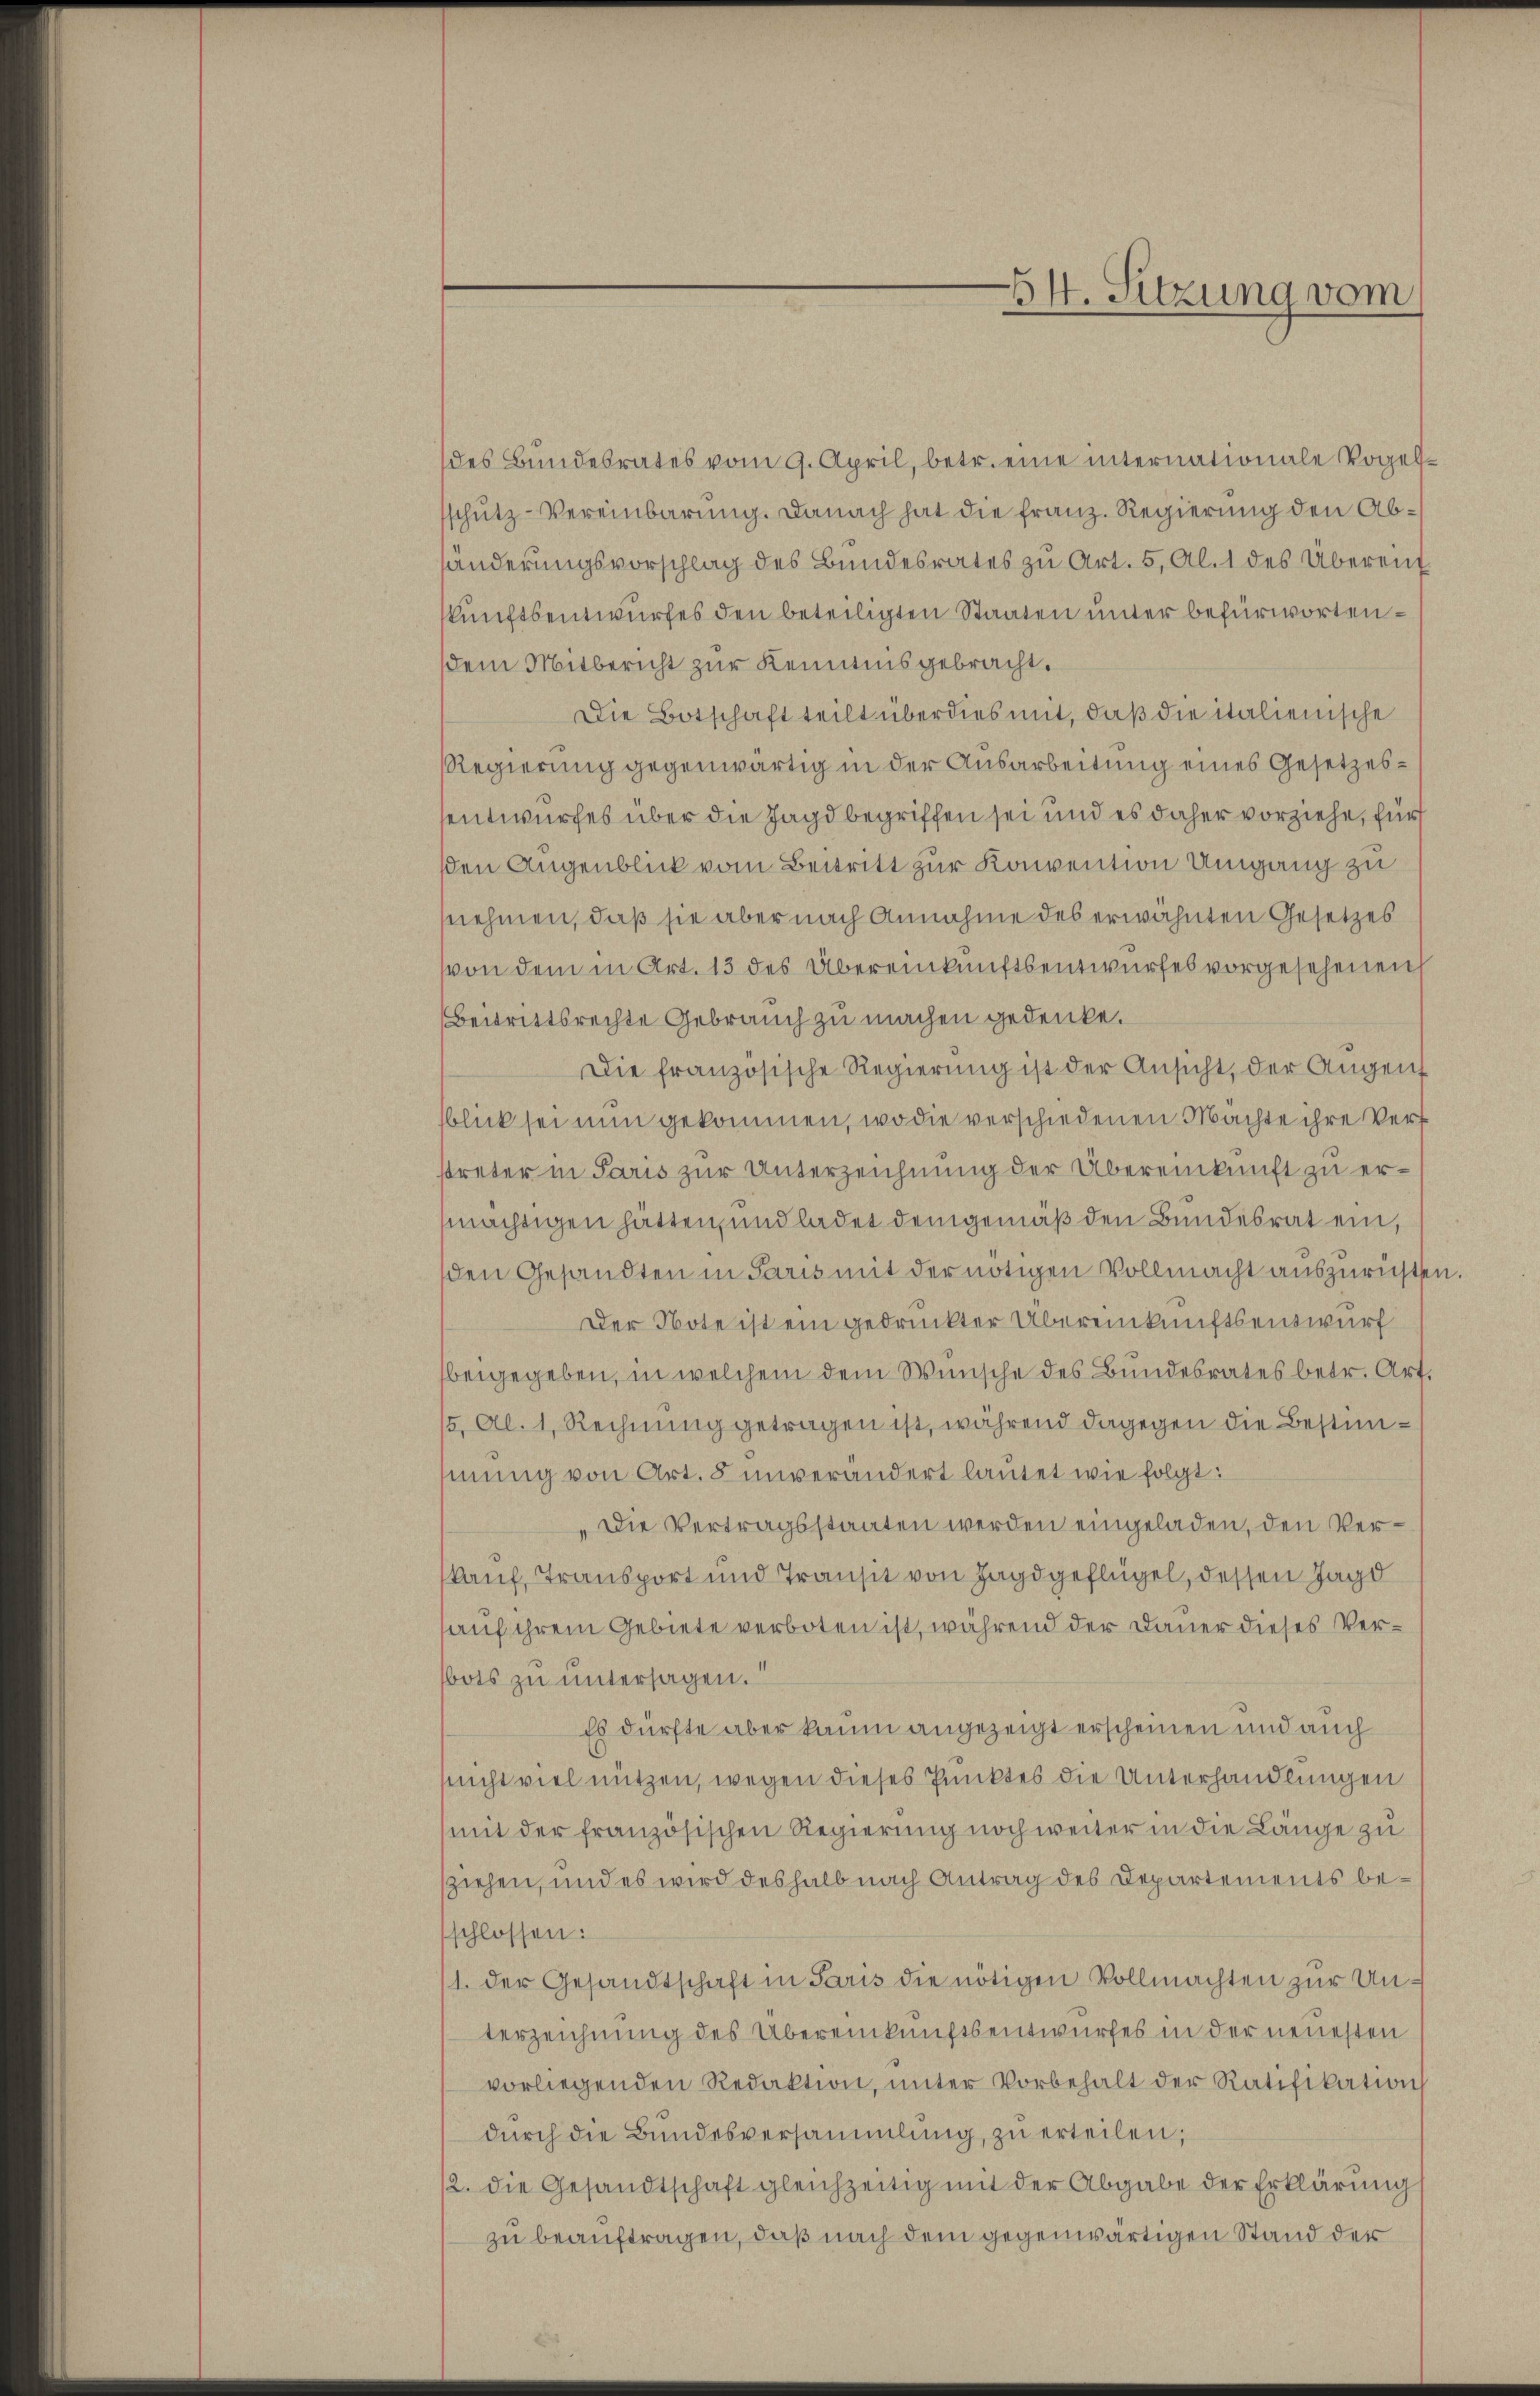
54. Sitzung vom

des Bundesrates vom 9. April, betr. eine internationale Vogelschutz-Vereinbarung. Danach hat die franz. Regierung den Abhänderungsvorschlag des Bundesrates zu Art. 5, Al. 1 des Übereint
kkunftsentwurfes den beteiligten Staaten unter befürworten –
dem Mitbericht zur Kenntnis gebracht.
Die Botschaft teilt überdies mit, daß die italienische
Regierung gegenwärtig in der Ausarbeitung eines Gesetzessentwurfes über die Jagd begriffen sei und es daher vorziehe, für
sden Augenblick vom Beitritt zur Konvention Umgang zu
snehmen, daß sie aber nach Annahme des erwähnten Gesetzes
von dem in Art. 13 des Übereinkunftsentwurfes vorgesehenen
Beitrittsrechte Gebrauch zu machen gedenke.
Die französische Regierung ist der Ansicht, der Augent
blick sei nun gekommen, wo die verschiedenen Machte ihre Verf
streter in Paris zur Unterzeichnung der Übereinkunft zu ermächtigen hätten, und ladet demgemäß den Bundesrat ein,
den Gesandten in Paris mit der nötigen Vollmacht auszurichten.
Der Note ist ein gedruckter Übereinkunftsentwurf
beigegeben, in welchem dem Wünsche des Bundesrates betr. Art.
15. Al. 1. Rechnung getragen ist, während dagegen die Bestimmung von Art. 5 unverändert lautet wie folgt:
„Die Vertragsstaaten werden eingeladen, den Verkauf, Transport und Transit von Jagdgeflügel, dessen Jagd
hauf ihrem Gebiete verboten ist, während der Dauer dieses Verbots zu untersagen.
Es dürfte aber kaum angezeigt erscheinen und auch
snicht viel nützen, wegen dieses Punktes die Unterhandlungen
mit der französischen Regierung noch weiter in die Länge zu
ziehen, und es wird deshalb nach Antrag des Departements beschlossen:
1. der Gesandtschaft in Paris die nötigen Vollmachten zur Unterzeichnung des Übereinkunftsentwurfes in der neuesten
vorliegenden Redaktion, unter Vorbehalt der Ratifikation
dŭrch die Bŭndesversammlung zŭ erteilen;
12. die Gesandtschaft gleichzeitig mit der Abgabe der Erklärung
zu beauftragen, daß nach dem gegenwärtigen Stand der